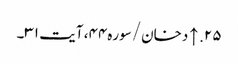
۲۵. ↑ دخان/سوره۴۴، آیت ۳۱۔